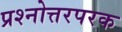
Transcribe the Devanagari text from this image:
प्रश्नोत्तरपरक